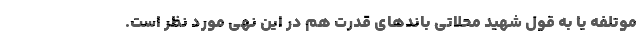
موتلفه یا به قول شهید محلاتی باندهای قدرت هم در این نهی مورد نظر است.